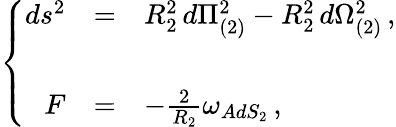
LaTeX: \left\{ \begin{array}{rcl}{{ds^{2}}}&{{=}}&{{R_{2}^{2}\, d\Pi_{(2)}^{2}-R_{2}^{2}\, d\Omega_{(2)}^{2}\, ,}}\\ {{}}&{{}}&{{}}\\ {{F}}&{{=}}&{{-\frac{2}{R_{2}}\omega_{AdS_{2}}\, ,}}\end{array}\right.